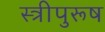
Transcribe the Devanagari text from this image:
स्त्रीपुरूष